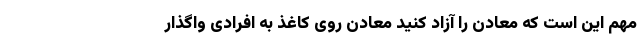
مهم این است که معادن را آزاد کنید معادن روی کاغذ به افرادی واگذار